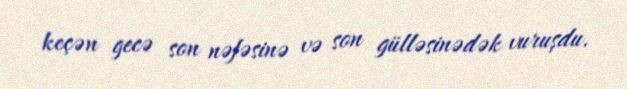
keçən gecə son nəfəsinə və son gülləsinədək vuruşdu.